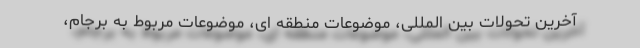
آخرین تحولات بین المللی، موضوعات منطقه ای، موضوعات مربوط به برجام،